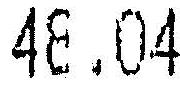
48.04